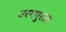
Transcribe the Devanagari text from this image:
उरगपुरला